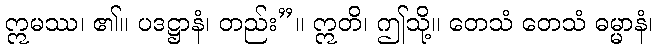
ဣမဿ၊ ၏။ ပဒဋ္ဌာနံ၊ တည်း”။ ဣတိ၊ ဤသို့။ တေသံ တေသံ ဓမ္မာနံ၊